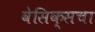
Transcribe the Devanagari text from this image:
वेसिक्सचा